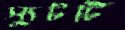
স্যুটটি